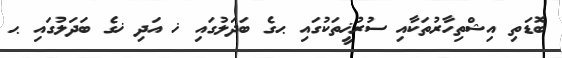
ބޮޑަތި އިޝްތިހާރުތަކާއި ސުރުޚީތަކުގައި ޙގެ ބަދަލުގައި ޚ އަދި ޚގެ ބަދަލުގައި ޙ